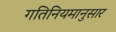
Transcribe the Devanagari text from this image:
गतिनियमानुसार